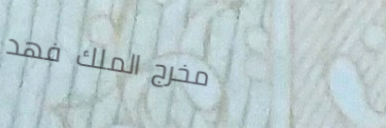
مخرج الملك فهد